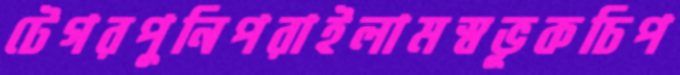
টেগরপুনিপরাইলামস্বভূকচিপ